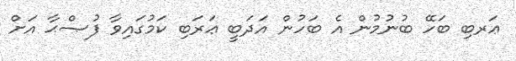
ޢަރބި ބަހޭ ބުނުމުން އެ ބަހުން އަދަބީ ޢަރަބި ކަމުގައިވާ ފުޞްޙާ އަށް